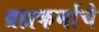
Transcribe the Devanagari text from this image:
ब्रह्मकर्माचे